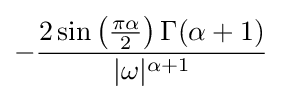
-{\frac {2\sin \left({\frac {\pi \alpha }{2}}\right)\Gamma (\alpha +1)}{|\omega |^{\alpha +1}}}